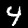
Digit: 4